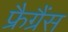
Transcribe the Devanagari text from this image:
फ्रैग्रैंस